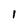
Character: I